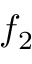
f _ { 2 }